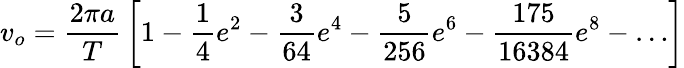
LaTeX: v_{o}={\frac{2\pi a}{T}}\left[1-{\frac{1}{4}}e^{2}-{\frac{3}{64}}e^{4}-{\frac{5}{256}}e^{6}-{\frac{175}{16384}}e^{8}-\dots\right]